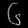
Digit: ၆